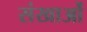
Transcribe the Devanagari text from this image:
संखाओं